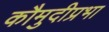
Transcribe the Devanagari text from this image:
कौमुदीप्रभा